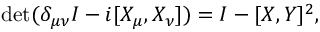
\operatorname * { d e t } ( \delta _ { \mu \nu } I - i [ X _ { \mu } , X _ { \nu } ] ) = I - [ X , Y ] ^ { 2 } ,